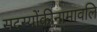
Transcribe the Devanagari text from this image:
सदस्योंकीनामावलि